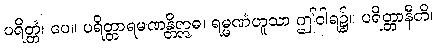
ပရိတ္တံ၊ ပေ။ ပရိတ္တာရမဏန္တိဣဓ၊ ရမ္မဏံဟူသာ ဤဝါရ၌။ ပရိတ္တာနီတိ၊